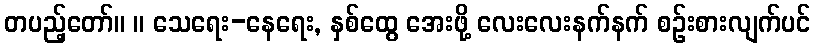
တပည့်တော်။ ။ သေရေး-နေရေး, နှစ်ထွေ အေးဖို့ လေးလေးနက်နက် စဉ်းစားလျက်ပင်